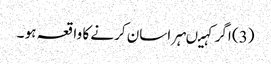
(3) اگر کہیںہراسان کرنے کا واقعہ ہو ۔